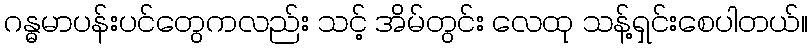
ဂန္ဓမာပန်းပင်တွေကလည်း သင့် အိမ်တွင်း လေထု သန့်ရှင်းစေပါတယ်။